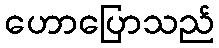
ဟောပြောသည်